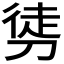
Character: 𭄂